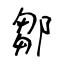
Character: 鄒